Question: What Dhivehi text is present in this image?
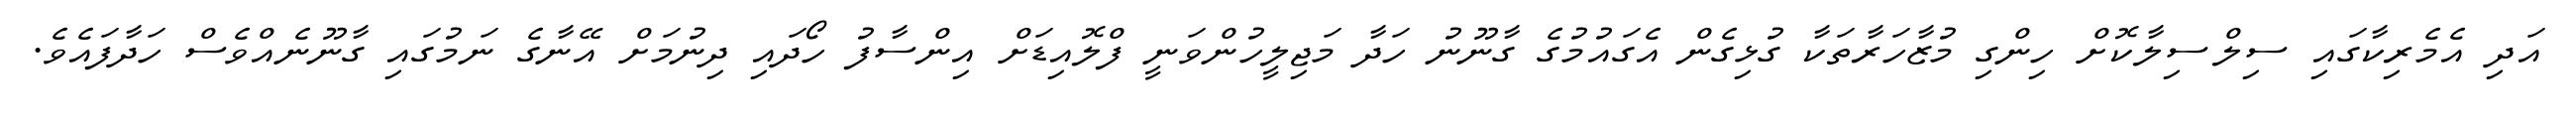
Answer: އަދި އެމެރިކާގައި ސިލްސިލާކޮށް ހިންގި މުޒާހަރާތަކާ ގުޅިގެން އެގައުމުގެ ގާނޫނު ހަދާ މަޖިލީހުންވަނީ ފްލޮއިޑަށް އިންސާފު ހޯދައި ދިނުމަށް އޭނާގެ ނަމުގައި ގާނޫނެއްވެސް ހަދާފައެވެ.